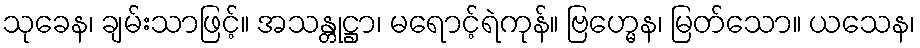
သုခေန၊ ချမ်းသာဖြင့်။ အသန္တုဋ္ဌာ၊ မရောင့်ရဲကုန်။ ဗြဟ္မေန၊ မြတ်သော။ ယသေန၊